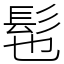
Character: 髢